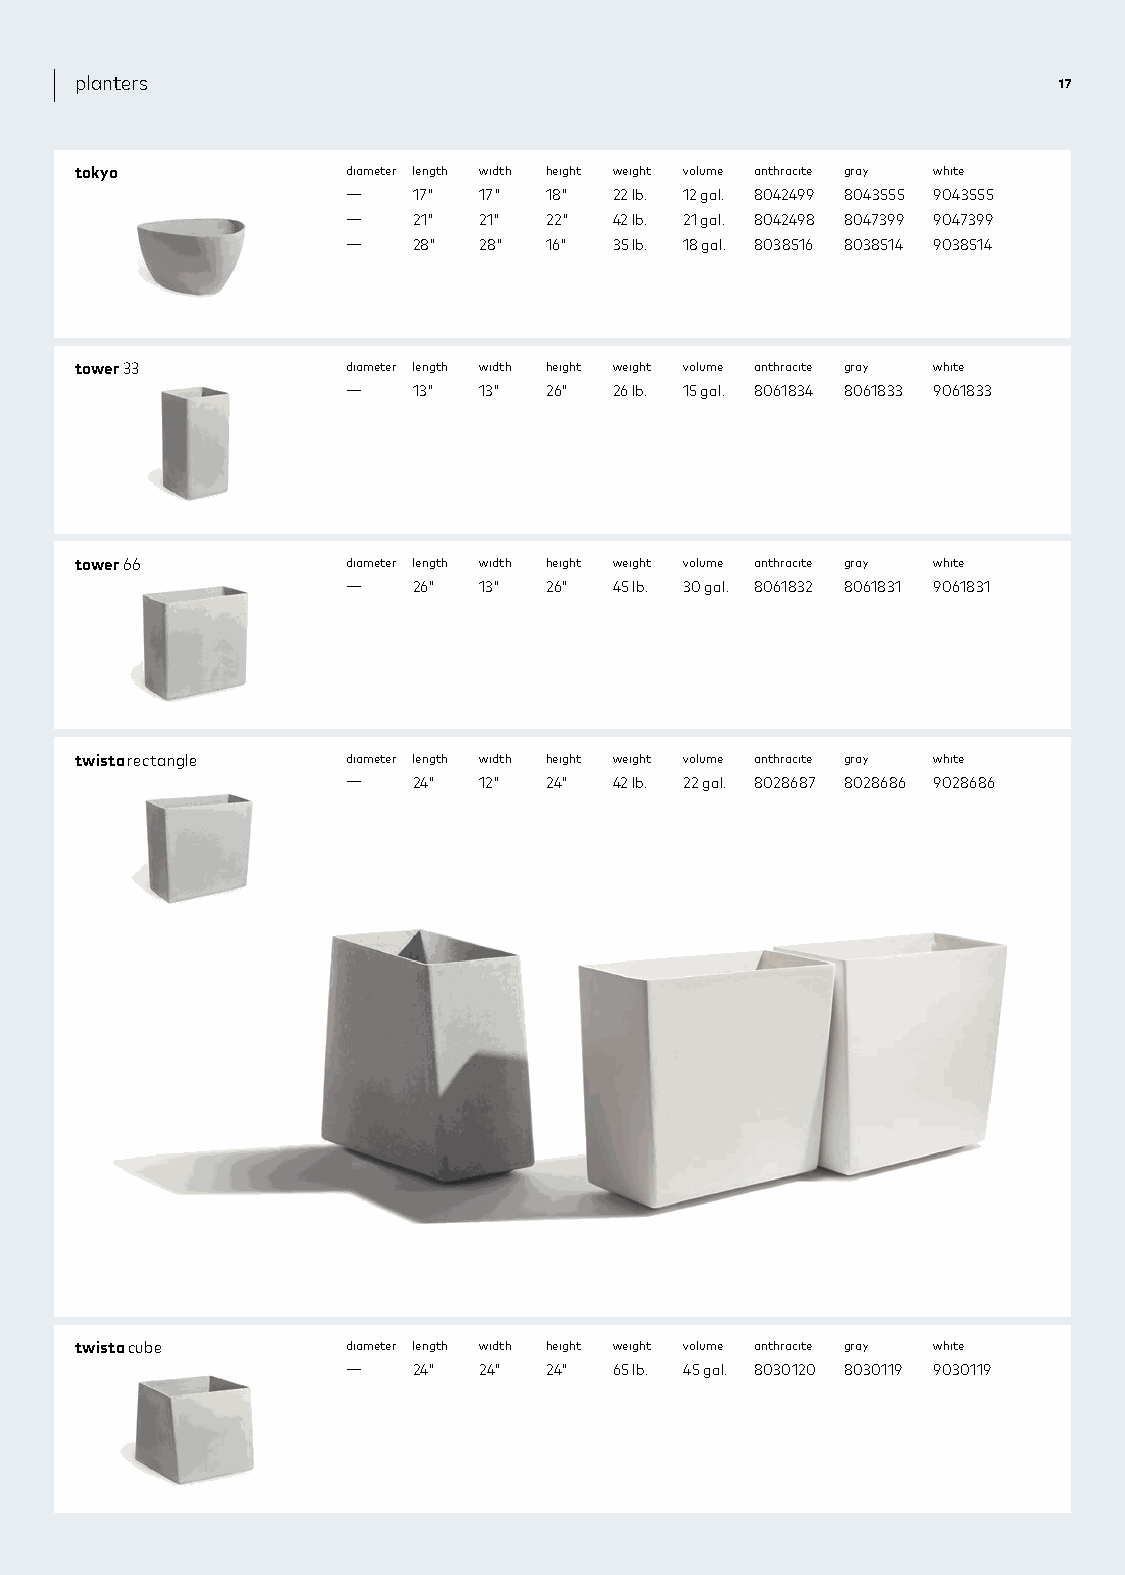
planters                                                         17
 tokyo             diameter length width height weight volume anthracite gray white
 —   17"  17" 18"  22 lb. 12 gal. 8042499 8043555 9043555
 —   21"  21" 22"  42 lb. 21 gal. 8042498 8047399 9047399
 —   28"  28" 16"  35 lb. 18 gal. 8038516 8038514 9038514
 tower 33          diameter length width height weight volume anthracite gray white
 —   13"  13" 26"  26 lb. 15 gal. 8061834 8061833 9061833
 tower 66          diameter length width height weight volume anthracite gray white
 —   26"  13" 26"  45 lb. 30 gal. 8061832 8061831 9061831
 twista rectangle  diameter length width height weight volume anthracite gray white
 —   24"  12" 24"  42 lb. 22 gal. 8028687 8028686 9028686
 twista cube       diameter length width height weight volume anthracite gray white
 —   24"  24" 24"  65 lb. 45 gal. 8030120 8030119 9030119